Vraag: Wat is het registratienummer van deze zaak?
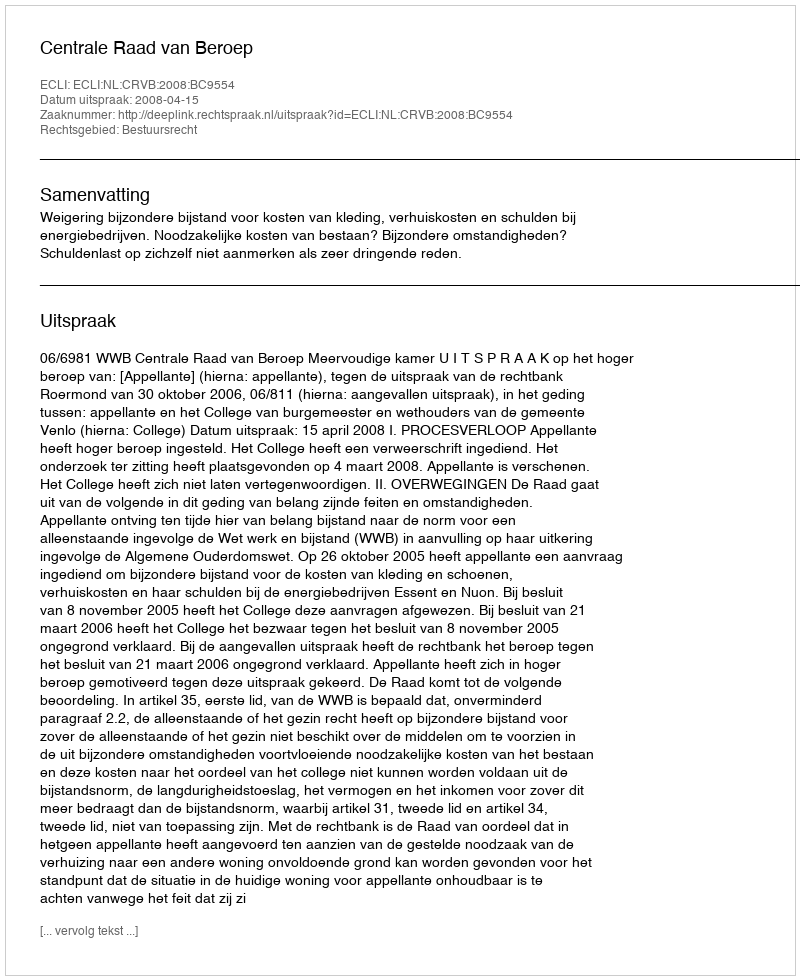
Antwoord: http://deeplink.rechtspraak.nl/uitspraak?id=ECLI:NL:CRVB:2008:BC9554